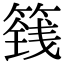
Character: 篯